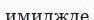
имиджде